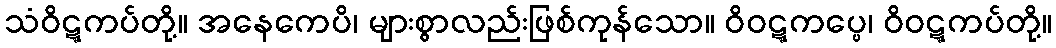
သံဝိဋ္ဋကပ်တို့။ အနေကေပိ၊ များစွာလည်းဖြစ်ကုန်သော။ ဝိဝဋ္ဋကပ္ပေ၊ ဝိဝဋ္ဋကပ်တို့။